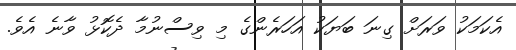
އެކަމަކު ވަރަށް ގިނަ ބަޔަކު އަހަރެންގެ މި ވިސްނުމާ ދެކޮޅު ވާނެ އެވެ.